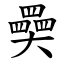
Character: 奰